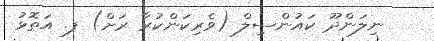
ނިލަންދޫ ކައުންސިލް (ވެރިކަންކުރާ ރަށް) ފ. އަތޮޅު